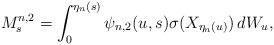
LaTeX: \begin{align*} M^{n,2}_s=\int^{\eta_n(s)}_0 \psi_{n,2} (u,s) \sigma(X_{\eta_n(u)})\, dW_u, \end{align*}